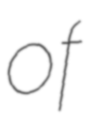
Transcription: of